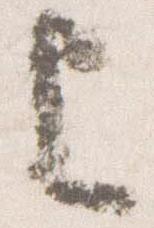
上